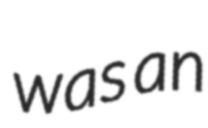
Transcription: was an